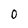
Character: 0